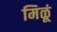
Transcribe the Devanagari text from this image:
मिळूं